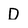
Character: D